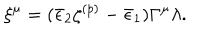
\xi ^ { \mu } = ( \bar { \epsilon } _ { 2 } \zeta ^ { ( p ) } - \bar { \epsilon } _ { 1 } ) \Gamma ^ { \mu } \lambda .